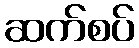
ဆက်စပ်